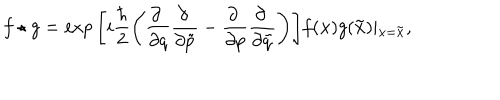
LaTeX: f \star g = \exp \Bigg [ i \frac { \hbar } { 2 } \Bigg ( \frac { \partial ~ } { \partial q } \frac { \partial ~ } { \partial \tilde { p } } - \frac { \partial ~ } { \partial p } \frac { \partial ~ } { \partial \tilde { q } } \Bigg ) \Bigg ] f ( { \bf x } ) g ( { \bf \tilde { x } } ) \vert _ { { \bf x } = { \bf \tilde { x } } } ,